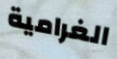
الغرامية